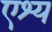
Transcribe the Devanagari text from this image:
एश्य